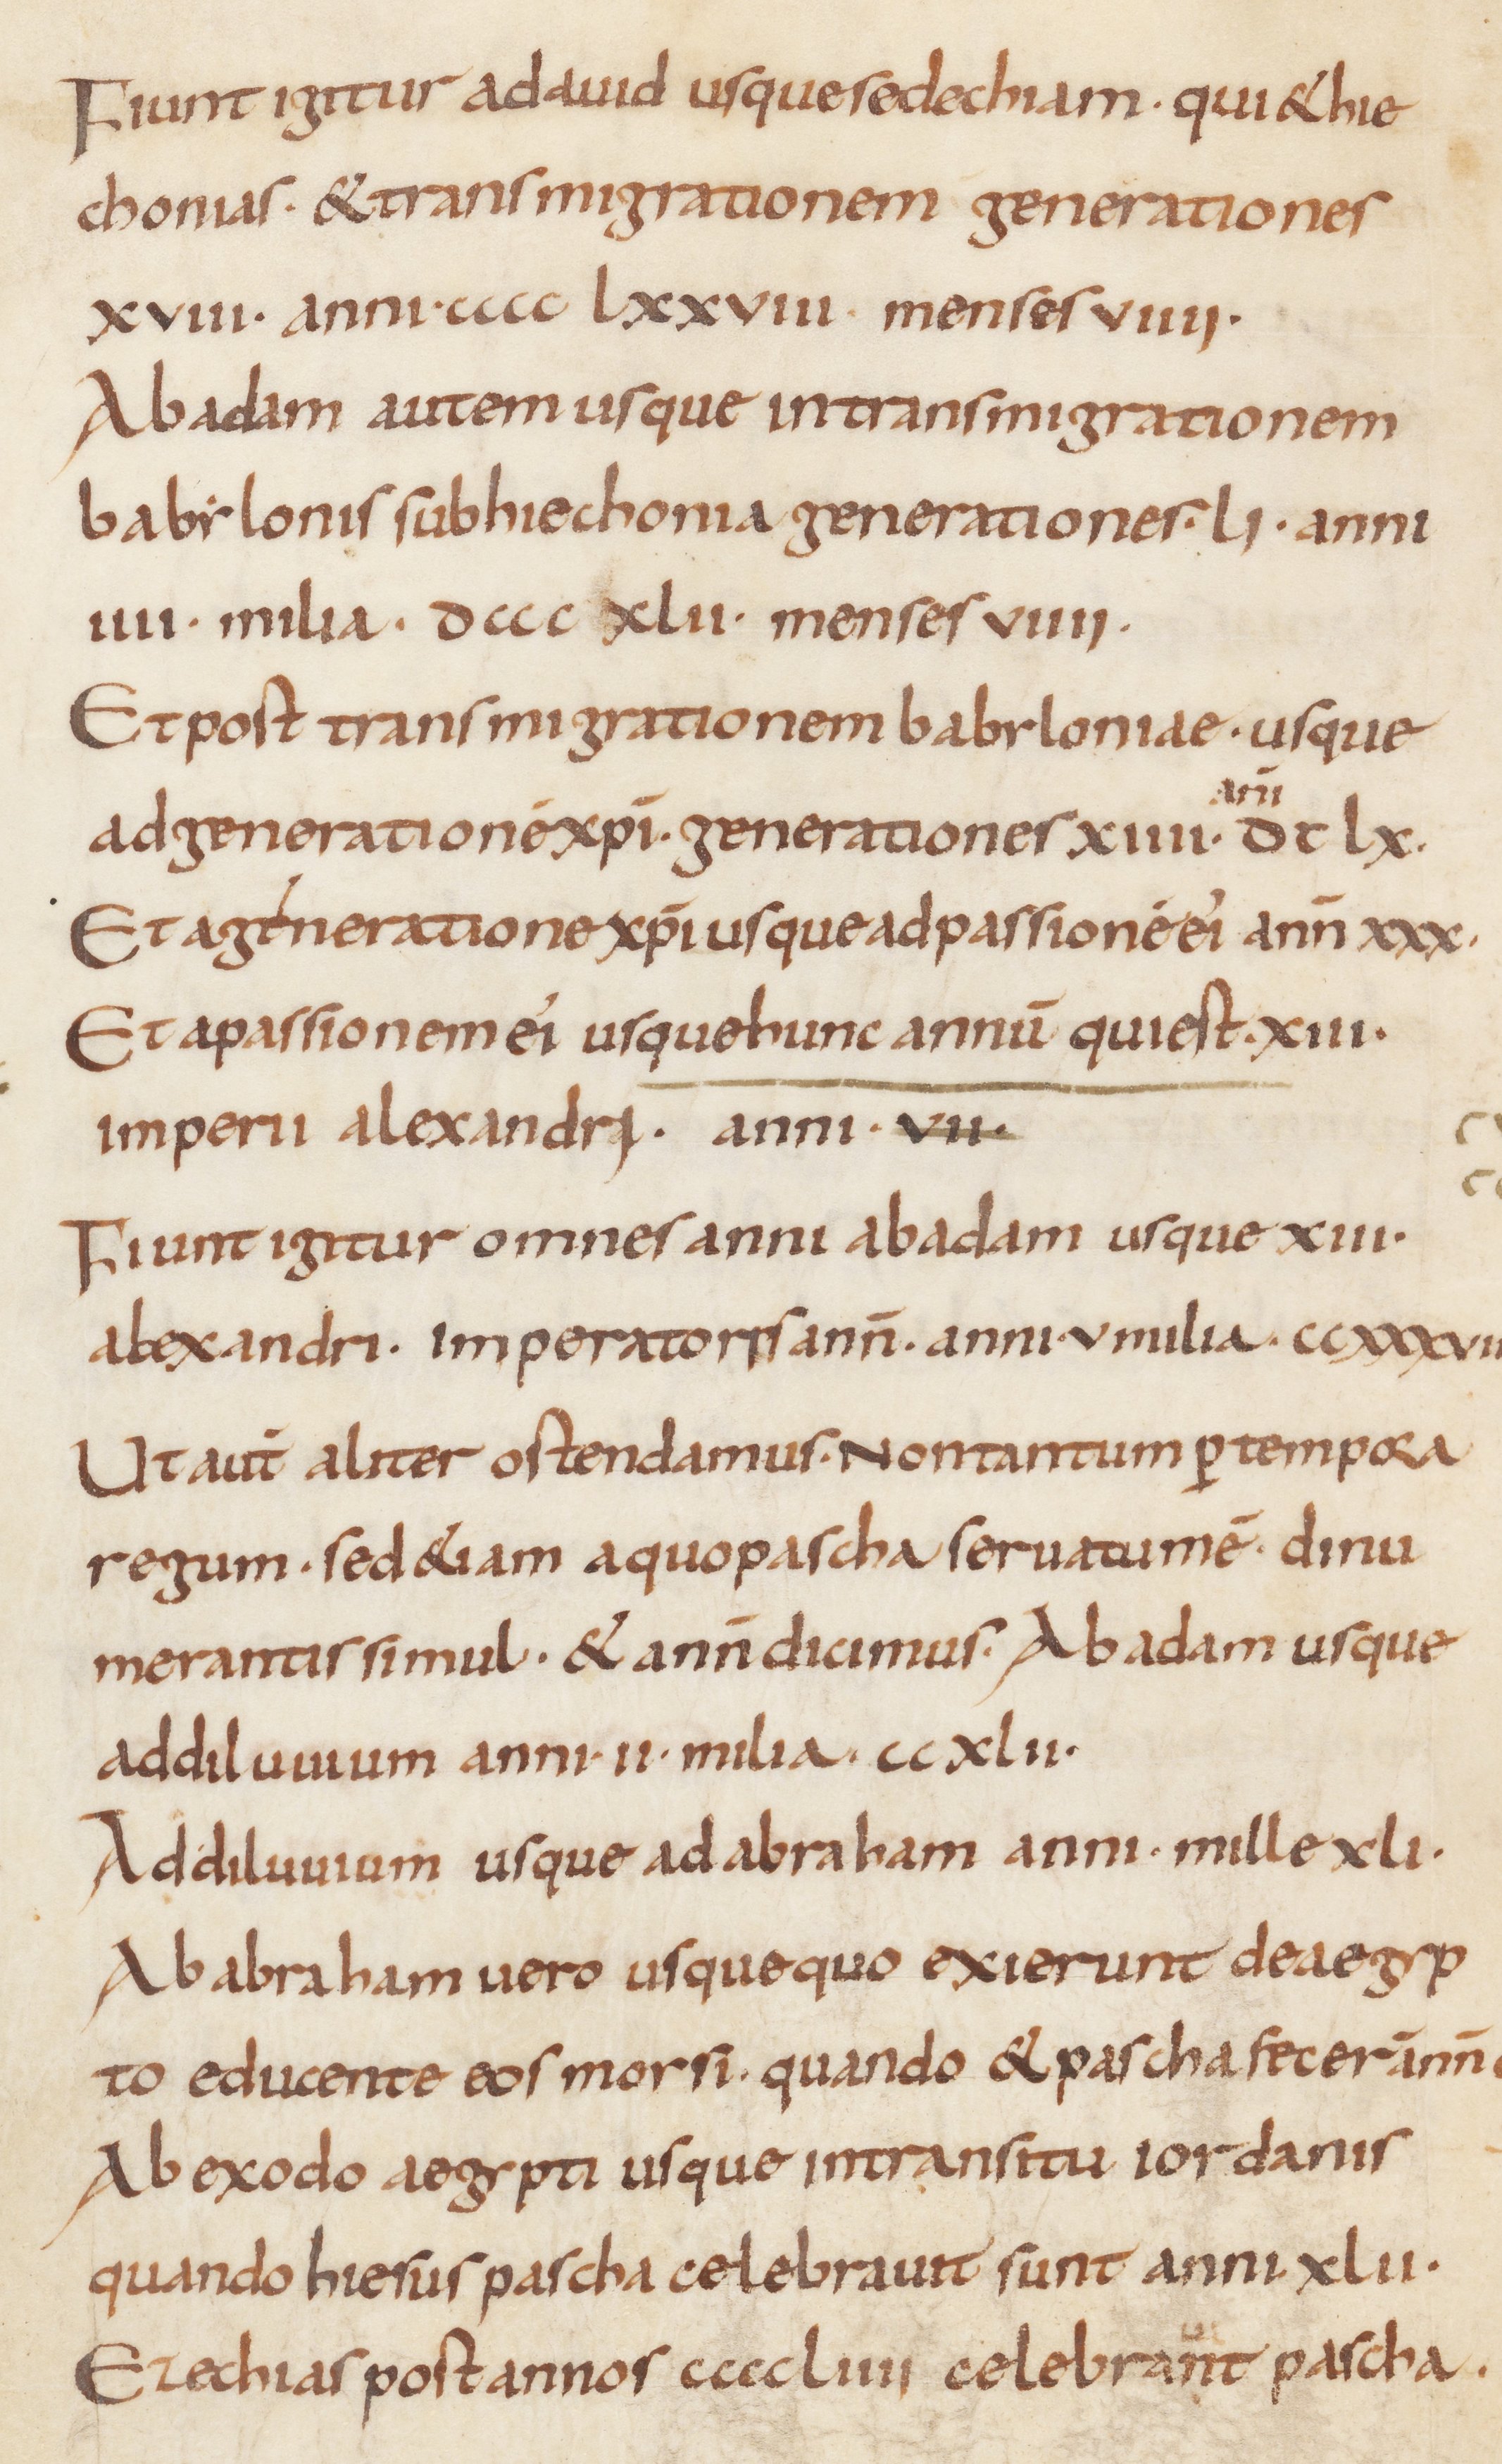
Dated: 815–845